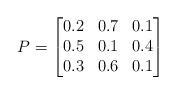
LaTeX: \begin{align*}P = \begin{bmatrix} 0.2 &0.7&0.1\\ 0.5&0.1&0.4\\ 0.3&0.6&0.1 \end{bmatrix} \end{align*}